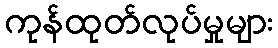
ကုန်ထုတ်လုပ်မှုများ